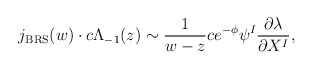
\begin{align*}j_{\rm BRS}(w)\cdot c\Lambda_{-1}(z)\sim\frac{1}{w-z}ce^{-\phi}\psi^I\frac{\partial\lambda}{\partial X^I},\end{align*}